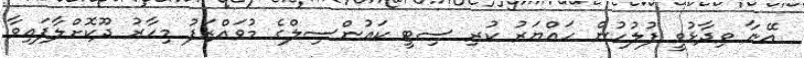
އޭނާ ވިދާޅުވީ ފުލުހުން ހައްޔަރު ކުރި ސިޓީ ކައުންސިލްގެ މުވައްޒަފު މިހާރު ދޫކޮށްލާފައިވާ